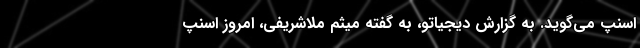
اسنپ می‌گوید. به گزارش دیجیاتو، به گفته میثم ملاشریفی، امروز اسنپ